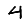
Digit: 4